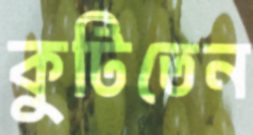
কুটিতেন